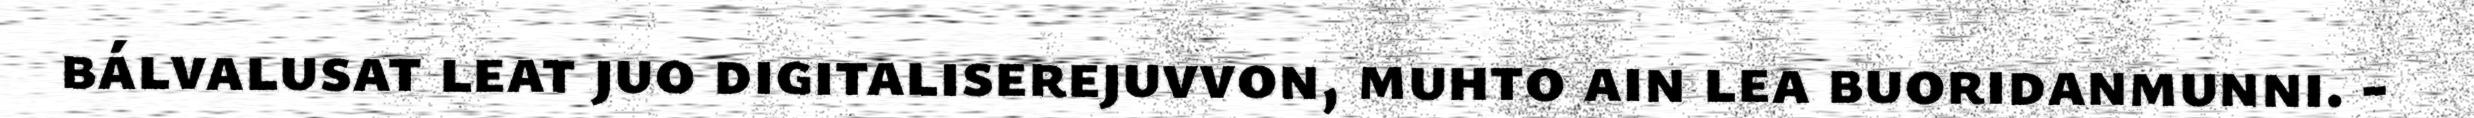
bálvalusat leat juo digitaliserejuvvon, muhto ain lea buoridanmunni. -